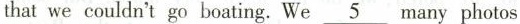
that we couldn't go boating.We\underline{5}many photos